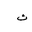
Letter: _tha